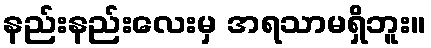
နည်းနည်းလေးမှ အရသာမရှိဘူး။